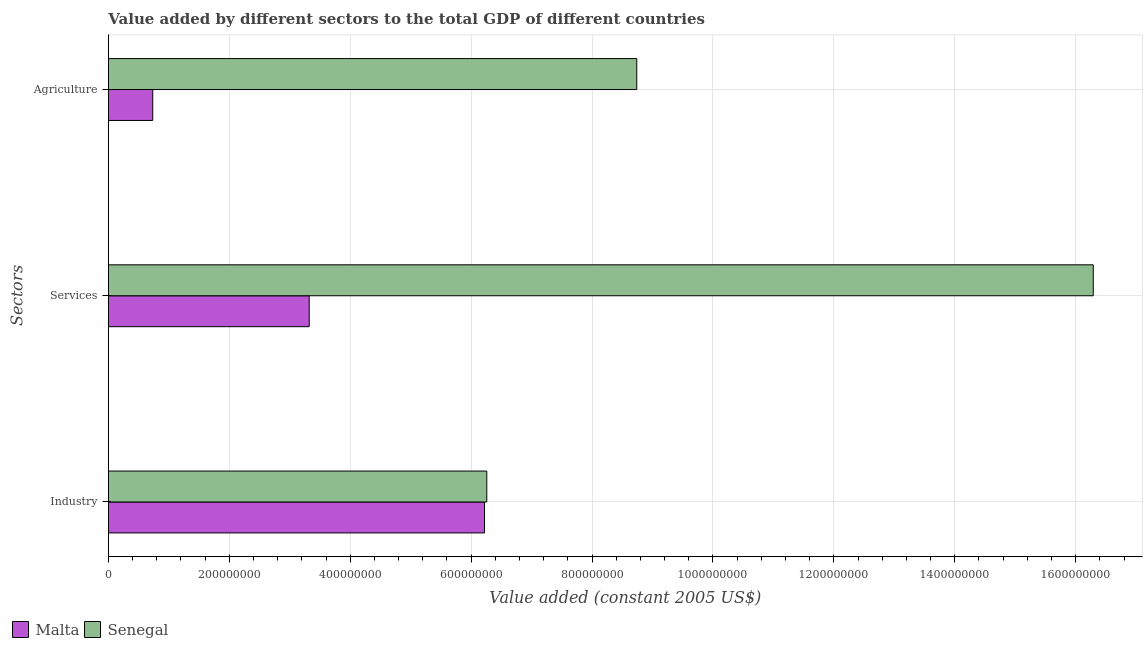
| Sectors | Malta | Senegal |
 | --- | --- | --- |
 | Industry | 6.22e+08 | 6.26e+08 |
 | Services | 3.32e+08 | 1.63e+09 |
 | Agriculture | 7.33e+07 | 8.74e+08 |